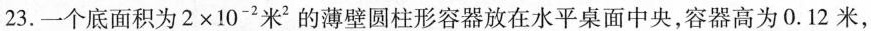
23.一个底面积为$$2 × 1 0 ^ { - 2 } 米 ^ { 2 }$$的薄壁圆柱形容器放在水平桌面中央，容器高为0.12米，